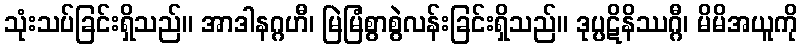
သုံးသပ်ခြင်းရှိသည်။ အာဒါနဂ္ဂဟီ၊ မြဲမြံစွာစွဲလန်းခြင်းရှိသည်။ ဒုပ္ပဋိနိဿဂ္ဂီ၊ မိမိအယူကို